Report on malaria in the Punjab during the year ...  together with an account of the work of the Punjab Malaria Bureau - Volume 4
Disease focus: Malaria
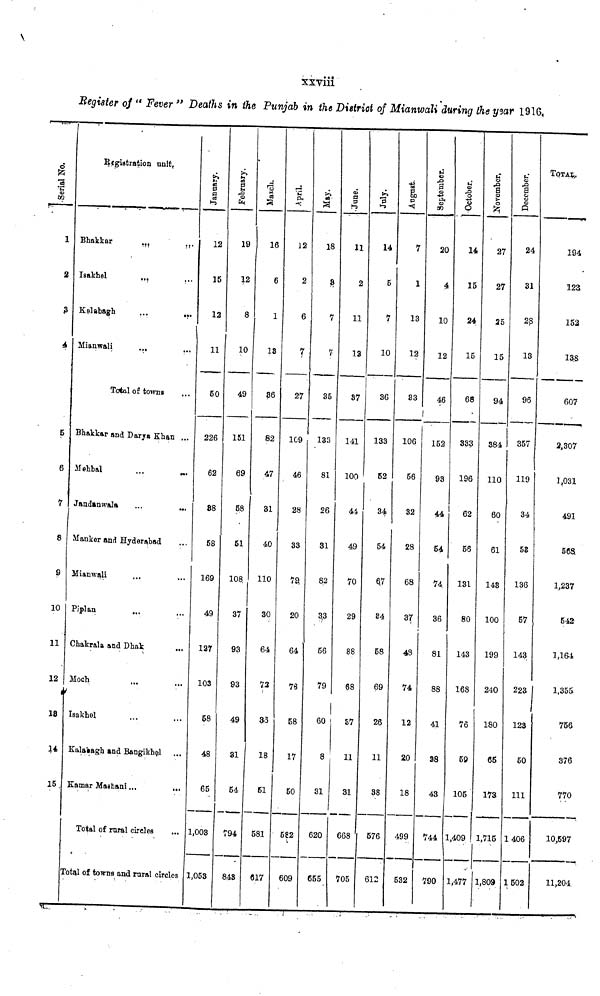
xxviii
Register of "Fever" Deaths in the Punjab in the District of Mianwali during the year 1916,
Serial No.
1
2
3
4
5
6
7
8
9
10
11
12
18
15.
Registration unit,
Bhakkar
...
...
Isakhel
...
Kslabagh
...
...
Mianwali
...
Total of towns
Bhakkar and Darya Khan ...
Mehbal
Jandanwala
Manker and Hyderabad
Mianwali
Piplan
...
Chakrala and Dhak
Moch
Isakhel
Kalaeagh and Bangikhel
Kamar Mashani...
...
Total of rural circles
,.,
Total of towns and rural circles
January.
12
15
12
11
50
226
62
88
58
169
49
127
103
58
48
65
1,008
1,053
February.
19
12
8
10
49
151
69
58
51
108.
37
93
93
49
31
54
794
848
March.
16
6
1
18
36
82
47
31
40
110
30
64
72
33
18
61
581
617
April.
12
2
6
7
27
1C9
46
28
33
79
20
64
78
58
17
50
582
609
May.
18
8
7
7
35
133
81
26
81
82
33
66
79
60
8
31
620
655
June.
11
2
11
13
37
141
100
44
49
70
29
88
68
87
11
31
668
705
14
5
7
10
36
133
52
34
54
67
84
58
69
26
11
38
576
612
August.
7
1
13
12
83
106
56
32
28
68
37
48
74
12
20
18
499
532
September.
20
4
10
12
46
152
93
44
54
74
36
81
88
41
98
43
744
790
October.
14
15
24
15
68
333
196
62
56
131
80
143
168
76
59
105
1,409
1,477
November.
27
27
25
15
94
384
110
60
61
143
100
199
240
180
65
173
1,715
1,809
December.
24
31
2ß
13
96
357
119
34
58
136
57
143
223
123
50
111
1406
1502
TOTAL.
194
123
152
138
607
2,307
3,031
491
sea
1,237
642
1,16-4
1,355
756
376
770
10,597
11,204